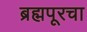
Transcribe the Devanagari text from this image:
ब्रह्मपूरचा